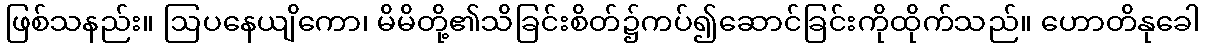
ဖြစ်သနည်း။ ဩပနေယျိကော၊ မိမိတို့၏သိခြင်းစိတ်၌ကပ်၍ဆောင်ခြင်းကိုထိုက်သည်။ ဟောတိနုခေါ